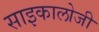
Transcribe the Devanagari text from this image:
साइकालोजी